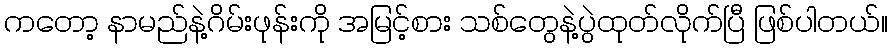
ကတော့ နာမည်နဲ့ဂိမ်းဖုန်းကို အမြင့်စား သစ်တွေနဲ့ပွဲထုတ်လိုက်ပြီ ဖြစ်ပါတယ်။